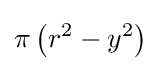
\pi \left(r^{2}-y^{2}\right)